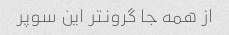
از همه جا گرونتر این سوپر